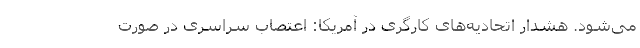
می‌شود. هشدار اتحادیه‌های کارگری در آمریکا: اعتصاب سراسری در صورت